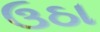
ઉઠા